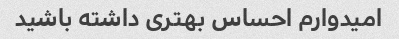
امیدوارم احساس بهتری داشته باشید